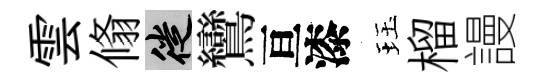
雲翛徙鸞亘漆珏榴謾